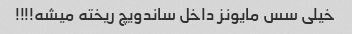
خیلی سس مایونز داخل ساندویچ ریخته میشه!!!!